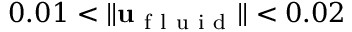
0 . 0 1 < \| \mathbf { u } _ { \mathrm { ~ f ~ l ~ u ~ i ~ d ~ } } \| < 0 . 0 2